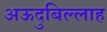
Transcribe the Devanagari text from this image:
अऊदुबिल्लाह